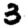
Digit: 3